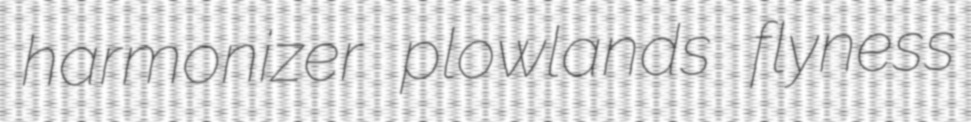
harmonizer plowlands flyness